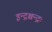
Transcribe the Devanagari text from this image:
इन्द्रश्चन्द्रः